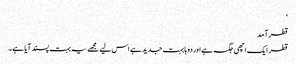
‘
قطر آمد
قطر ایک اچھی جگہ ہے اور دوہا بہت جدید ہے اس لیے مجھے یہ بہت پسند آیا ہے۔